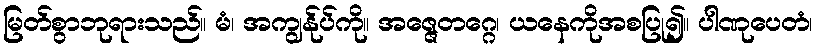
မြတ်စွာဘုရားသည်။ မံ၊ အကျွန်ုပ်ကို။ အဇ္ဇေတဂ္ဂေ၊ ယနေကိုအစပြု၍။ ပါဏုပေတံ၊